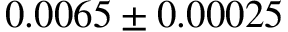
0 . 0 0 6 5 \pm 0 . 0 0 0 2 5